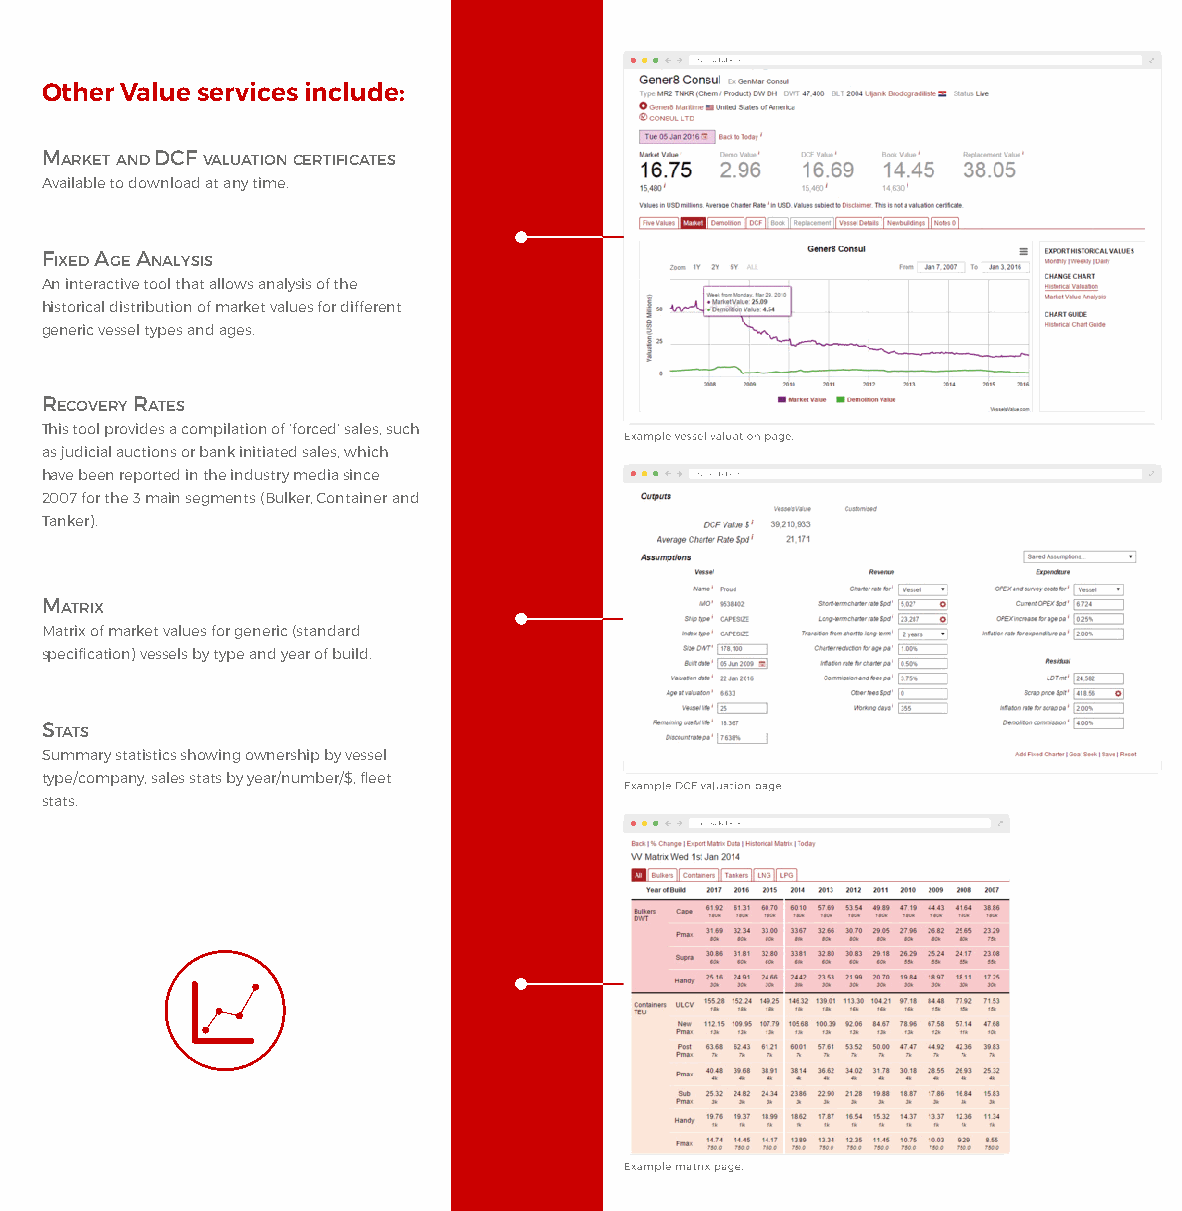
Other Value services include:
 MARKET AND DCF VALUATION CERTIFICATES
 Available to download at any time.
 FIXED AGE ANALYSIS
 An interactive tool that allows analysis of the
 historical distribution of market values for different
 generic vessel types and ages.
 RECOVERY RATES
 This tool provides a compilation of ‘forced’ sales, such
 as judicial auctions or bank initiated sales, which
 have been reported in the industry media since
 2007 for the 3 main segments (Bulker, Container and
 Tanker).
 MATRIX
 Matrix of market values for generic (standard
 specification) vessels by type and year of build.
 STATS
 Summary statistics showing ownership by vessel
 type/company, sales stats by year/number/$, fleet
 stats.